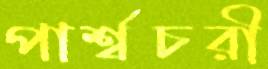
পার্শ্বচরী